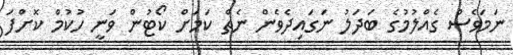
ނަމަވެސް ގެއްލުމުގެ ބަދަލު ނަގައިދެވެން ނެތް ކަމަށް ކޯޓުން ވަނީ ހުކުމް ކޮށްފަ